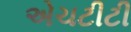
એચટીટી